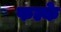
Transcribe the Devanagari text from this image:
फल्के